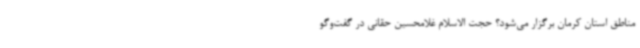
مناطق استان کرمان برگزار می‌شود؟ حجت الاسلام غلامحسین حقانی در گفت‌وگو